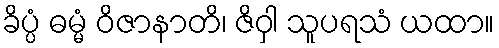
ခိပ္ပံ ဓမ္မံ ဝိဇာနာတိ၊ ဇိဝှါ သူပရသံ ယထာ။